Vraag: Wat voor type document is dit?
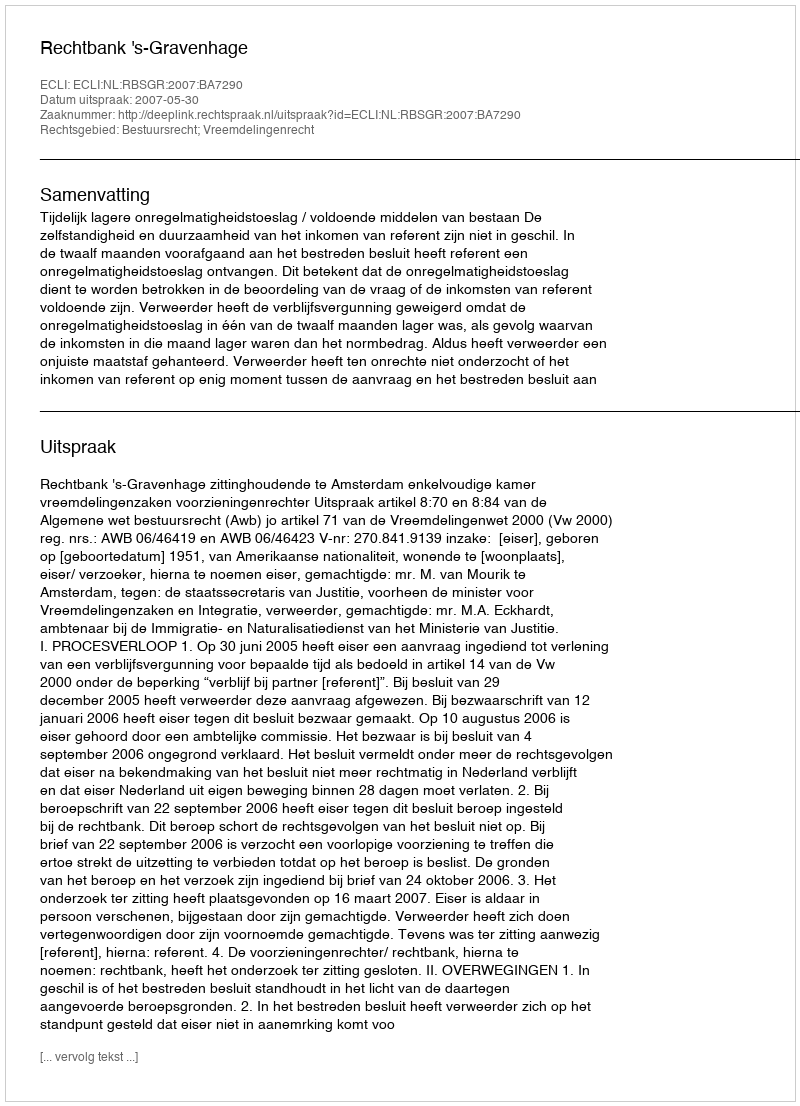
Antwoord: Uitspraak